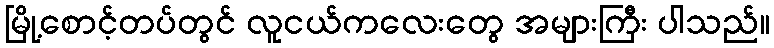
မြို့စောင့်တပ်တွင် လူငယ်ကလေးတွေ အများကြီး ပါသည်။